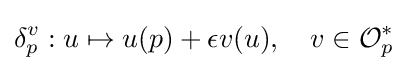
\delta _{p}^{v}:u\mapsto u(p)+\epsilon v(u),\quad v\in {\mathcal {O}}_{p}^{*}